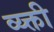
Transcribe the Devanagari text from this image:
व्य्क्ती